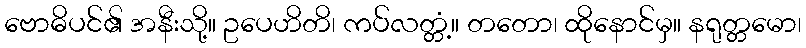
ဗောဓိပင်၏ အနီးသို့။ ဥပေဟိတိ၊ ကပ်လတ္တံ့။ တတော၊ ထိုနောင်မှ။ နရုတ္တမော၊